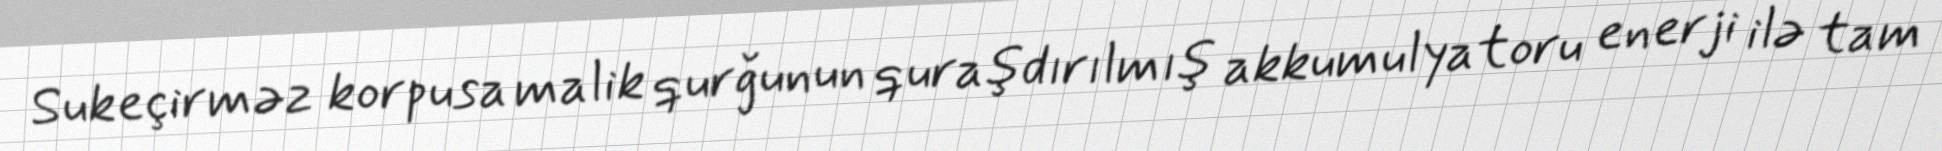
Sukeçirməz korpusa malik qurğunun quraşdırılmış akkumulyatoru enerji ilə tam